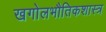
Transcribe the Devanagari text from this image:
खगोलभौतिकशास्त्र